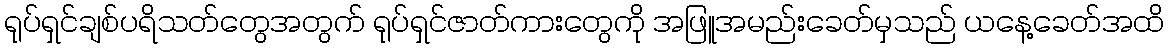
ရုပ်ရှင်ချစ်ပရိသတ်တွေအတွက် ရုပ်ရှင်ဇာတ်ကားတွေကို အဖြူအမည်းခေတ်မှသည် ယနေ့ခေတ်အထိ